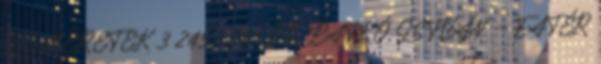
ISMERETEK 3 245,- 285 DR. PATKÓ ISTVÁN – FATÉR